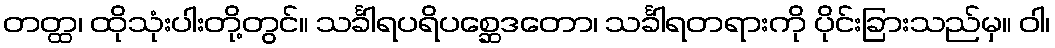
တတ္ထ၊ ထိုသုံးပါးတို့တွင်။ သင်္ခါရပရိပစ္ဆေဒတော၊ သင်္ခါရတရားကို ပိုင်းခြားသည်မှ။ ဝါ၊